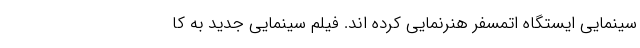
سینمایی ایستگاه اتمسفر هنرنمایی کرده اند. فیلم سینمایی جدید به کا